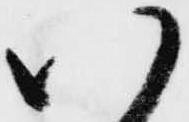
い